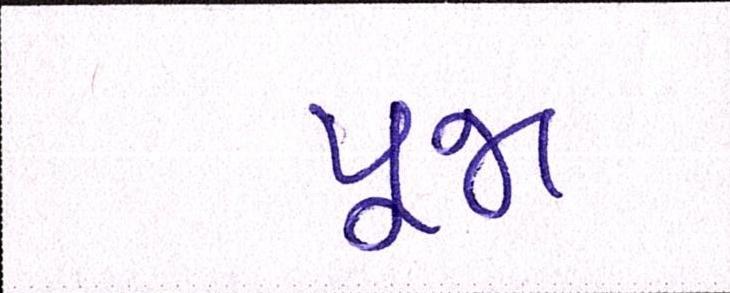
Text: પૂજા